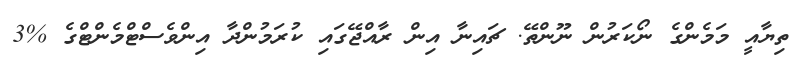
ތިޔާއީ މަމެންގެ ނޯކަރުން ނޫންތޭ. ޗައިނާ އިން ރާއްޖޭގައި ކުރަމުންދާ އިންވެސްޓްމެންޓްގެ %3